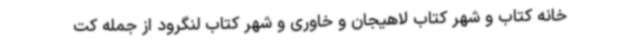
خانه کتاب و شهر کتاب لاهیجان و خاوری و شهر کتاب لنگرود از جمله کت